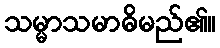
သမ္မာသမာဓိမည်၏။